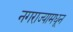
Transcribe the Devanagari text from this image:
नगराज्यामधून